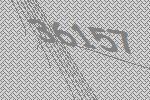
36157